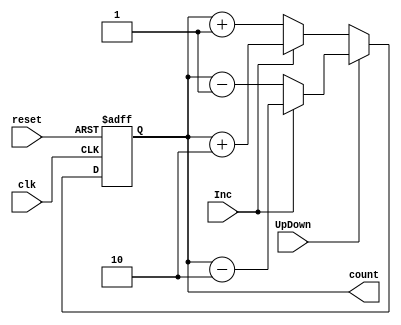
module N_counter (input clk, reset, output reg [1:0]count, input UpDown, input Inc);


always @(posedge clk, posedge reset) begin
if (reset == 1) 
count <= 0;

else begin
 if (UpDown ==0) begin
 if (Inc==0)
count <= count + 1;
else count<=count +2;
end
else begin
if (Inc ==0) 
count <= count -1;
else 
count <= count -2;

end
end
end
endmodule